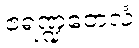
ဧရဏ္ဍတေလံ